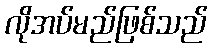
လိုအပ်မည်ဖြစ်သည်